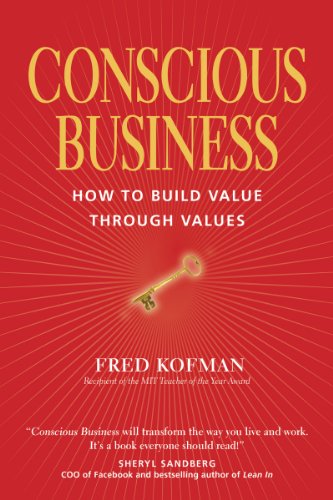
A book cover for Conscious Business: How to Build Value through Values; Fred Kofman; Business & Money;